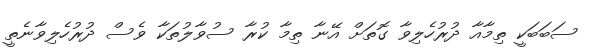
ސަބަބަކީ ތިމާއާ ދުރުހެލިވާ ގޮތަށް އޭނާ ތިމާ ކުރާ ސުވާލުތަކާ ވެސް ދުރުހެލިވާނެތީ